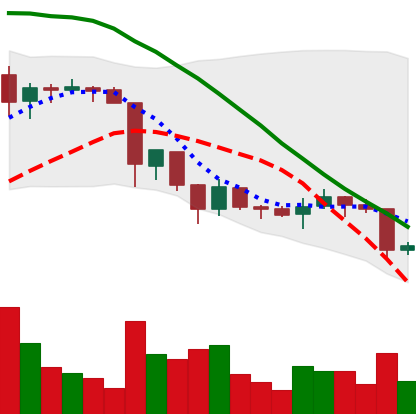
Ticker: XRP-USD
Chart end date: 2018-06-23
Forward return: -8.717%
Label: down_7plus